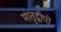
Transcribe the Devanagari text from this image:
मातृद्वीपों